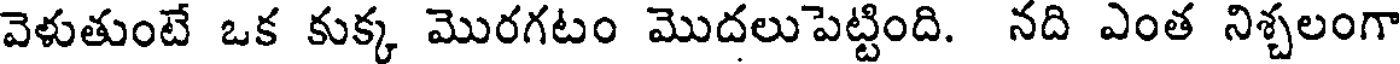
వెళుతుంటే ఒక కుక్క మొరగటం మొదలుపెట్టింది. నది ఎంత నిశ్చలంగా